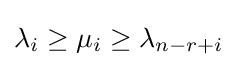
\lambda _{i}\geq \mu _{i}\geq \lambda _{n-r+i}